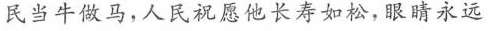
民当牛做马，人民祝愿他长寿如松，眼睛永远